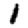
Digit: 1